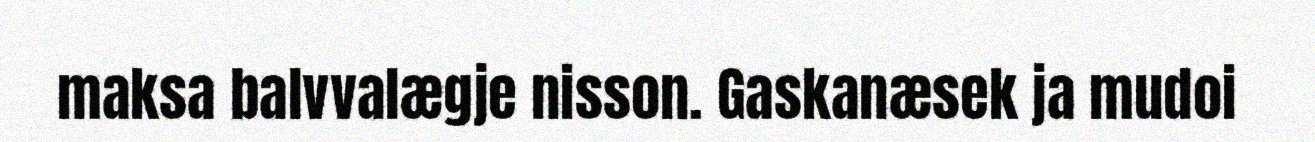
maksa balvvalægje nisson. Gaskanæsek ja mudoi